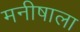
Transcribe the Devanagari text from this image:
मनीषाला